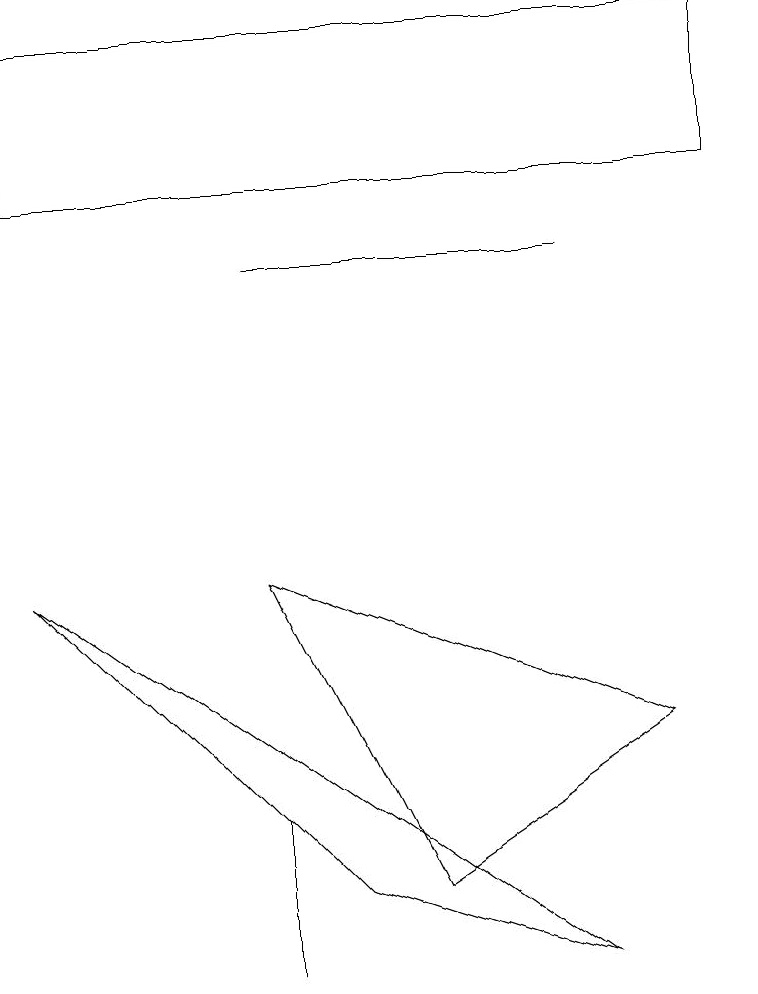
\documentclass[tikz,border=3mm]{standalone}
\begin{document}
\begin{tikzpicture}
\draw (9,15) rectangle (0,13);
\draw (4,4) -- (0,8) -- (7,3) -- cycle;
\draw (3,5) -- (3,3) -- (3,5) -- cycle;
\draw (7,12) rectangle (3,12);
\draw (3,8) -- (8,6) -- (5,4) -- cycle;
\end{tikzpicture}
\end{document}